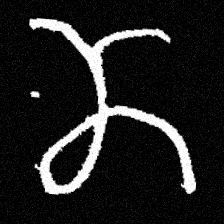
Pyu character \u2014 Myanmar letter: ဏ (romanized: nna)